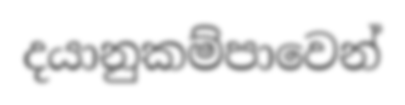
දයානුකම්පාවෙන්